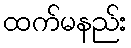
ထက်မနည်း